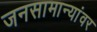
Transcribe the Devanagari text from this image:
जनसामान्यांवर